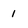
Character: 1